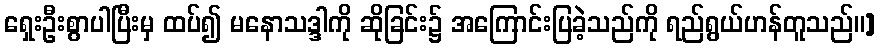
ရှေးဦးစွာပါပြီးမှ ထပ်၍ မနောသဒ္ဒါကို ဆိုခြင်း၌ အကြောင်းပြခဲ့သည်ကို ရည်ရွယ်ဟန်တူသည်။]